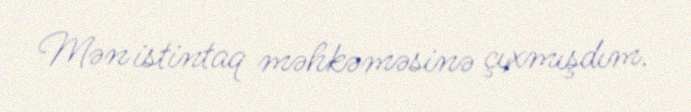
Mən istintaq məhkəməsinə çıxmışdım.